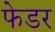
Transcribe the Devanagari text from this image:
फेडर